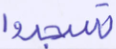
تسجدوا